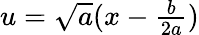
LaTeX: \begin{array}{r}{u=\sqrt{a}(x-\frac{b}{2a})}\end{array}